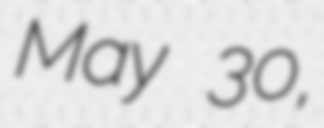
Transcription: May 30,